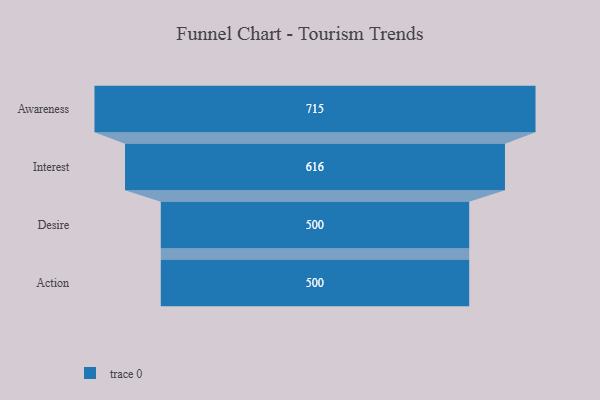
{"axis": {"x": "Stage", "y": "Value"}, "legend": [""], "data": [{"x": "Awareness", "y": 715.0, "type": ""}, {"x": "Interest", "y": 616.0, "type": ""}, {"x": "Desire", "y": 500, "type": ""}, {"x": "Action", "y": 500, "type": ""}]}